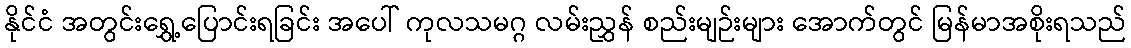
နိုင်ငံ အတွင်းရွှေ့ပြောင်းရခြင်း အပေါ် ကုလသမဂ္ဂ လမ်းညွှန် စည်းမျဉ်းများ အောက်တွင် မြန်မာအစိုးရသည်